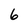
Character: 6